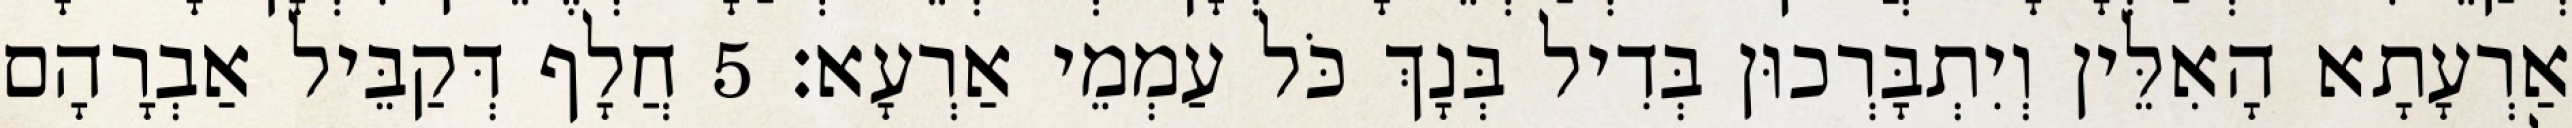
אַרְעָתָא הָאִלֵּין וְיִתְבָּרְכוּן בְּדִיל בְּנָךְ כֹּל עַמְמֵי אַרְעָא׃ 5 חֲלָף דְּקַבֵּיל אַבְרָהָם